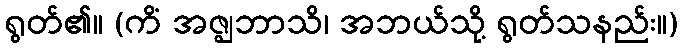
ရွတ်၏။ (ကိံ အဇ္ဈဘာသိ၊ အဘယ်သို့ ရွတ်သနည်း။)